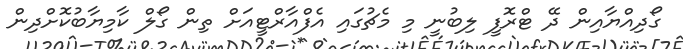
ގޯދިއްޔާއިން ދޭ ޓްރޮފީ ލިބުނީ މި މެޗުގައި އެފްއާރްޓީއަށް ތިން ގޯލް ކާމިޔާބުކޮށްދިން